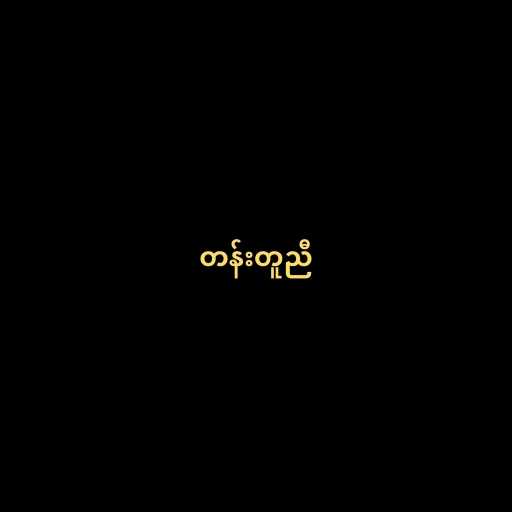
တန်းတူညီ